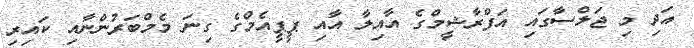
އަދި މި ޖަލްސާގައި އަފްރާޝީމްގެ އާއިލާ އާއި ޕީޕީއެމްގެ ގިނަ މެމްބަރުންނާއި ކައިރި